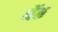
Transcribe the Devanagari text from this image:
पेंठ